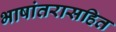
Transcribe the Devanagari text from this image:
भाषांतरासहित